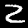
Label: 2